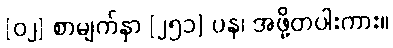
[၀၂] စာမျက်နှာ [၂၅၁] ပန၊ အဖို့တပါးကား။